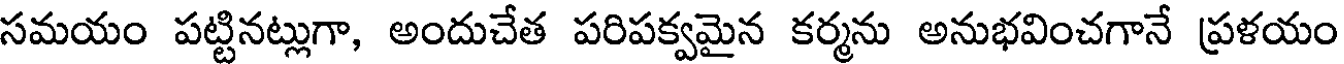
సమయం పట్టినట్లుగా, అందుచేత పరిపక్వమైన కర్మను అనుభవించగానే ప్రళయం